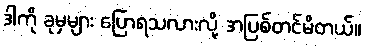
ဒါကို ခုမှများ ပြောရသလားလို့ အပြစ်တင်မိတယ်။